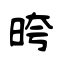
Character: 晇